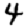
Digit: 4